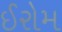
ઈરોમ